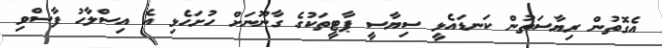
އެގޮތުން ރިޔާސަތުން ކަނޑައެޅީ ސިޔާސީ ޕާޓީތަކުގެ ގާނޫނަށް ހުށަހެޅި އެ އިސްލާހު ފާސްވި